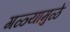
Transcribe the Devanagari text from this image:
गळ्यामुळे